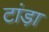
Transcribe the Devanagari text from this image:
टांड़ा